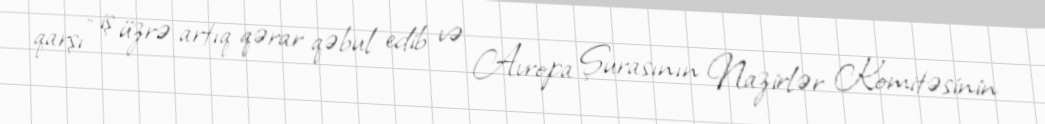
qarşı" iş üzrə artıq qərar qəbul edib və Avropa Şurasının Nazirlər Komitəsinin